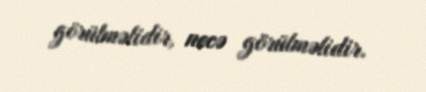
görülməlidir, necə görülməlidir.